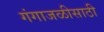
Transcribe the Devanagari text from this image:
गंगाजळीसाठी